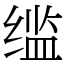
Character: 䍀